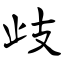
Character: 歧